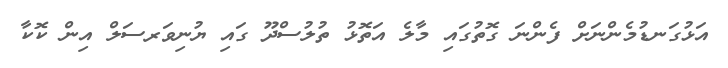
އަޅުގަނޑުމެންނަށް ފެންނަ ގޮތުގައި މާލެ އަތޮޅު ތުލުސްދޫ ގައި ޔުނިވަރސަލް އިން ކޮކާ